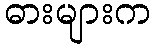
ဓားများက